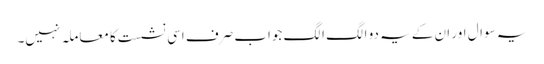
یہ سوال اور ان کے یہ دو الگ الگ جواب صرف اسی نشست کا معاملہ نہیں۔